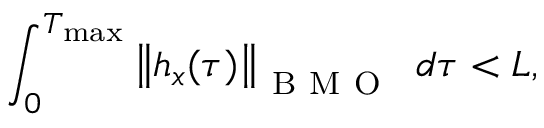
\displaystyle \int _ { 0 } ^ { T _ { \operatorname* { m a x } } } \left\| h _ { x } ( \tau ) \right\| _ { \mathrm { ~ B ~ M ~ O ~ } } \ d \tau < L ,